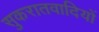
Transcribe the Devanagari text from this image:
सुकरातवादियों